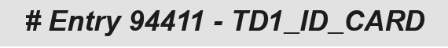
# Entry 94411 - TD1_ID_CARD